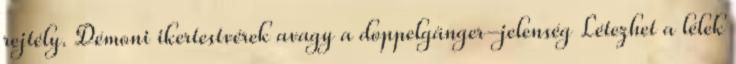
rejtély. Démoni ikertestvérek avagy a doppelgänger-jelenség Létezhet a lélek